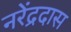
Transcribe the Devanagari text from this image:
नरेंद्रदास